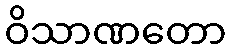
ဝိသာဏတော